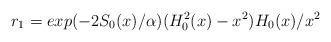
LaTeX: \begin{align*}r_{1}=exp(-2S_{0}(x)/\alpha )(H_{0}^{2}(x)-x^{2})H_{0}(x)/x^{2}\end{align*}